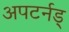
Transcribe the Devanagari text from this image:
अपटर्नड्